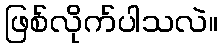
ဖြစ်လိုက်ပါသလဲ။